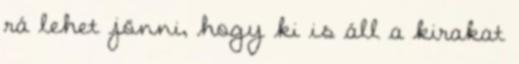
rá lehet jönni, hogy ki is áll a kirakat